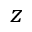
\boldsymbol { z }